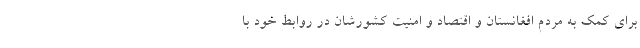
برای کمک به مردم افغانستان و اقتصاد و امنیت کشورشان در روابط خود با